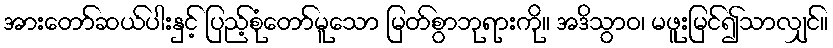
အားတော်ဆယ်ပါးနှင့် ပြည့်စုံတော်မူသော မြတ်စွာဘုရားကို။ အဒိသွာဝ၊ မဖူးမြင်၍သာလျှင်။